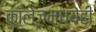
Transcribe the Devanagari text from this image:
कॉलेजमध्येही